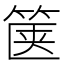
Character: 箧